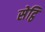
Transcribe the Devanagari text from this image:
सेट्ठि